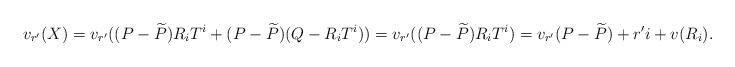
LaTeX: \begin{align*}v_{r'}(X)=v_{r'}((P-\widetilde{P})R_iT^i+(P-\widetilde{P})(Q-R_iT^i))=v_{r'}((P-\widetilde{P})R_iT^i)=v_{r'}(P-\widetilde{P})+r'i+v(R_i).\end{align*}